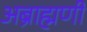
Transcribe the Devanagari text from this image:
अब्राह्मणी